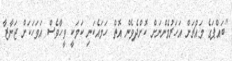
''ބައްޕަގެ މައްޗަށް އަހަރުމެންނަށް ކޮށްދެވެން އޮތް ހަމައެކަނި ކަމަކީ ވީހާވެސް އަވަހަކަށް ޖަނާޒާ